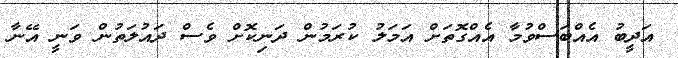
އަދީބު އެއްބަސްވުމާ އެއްގޮތަށް އަމަލު ކުރަމުން ދަނިކޮށް ވެސް ދައުލަތުން ވަނީ އޭނާ